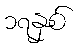
၁၇နှစ်